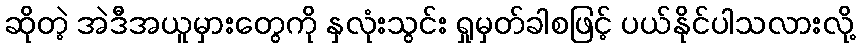
ဆိုတဲ့ အဲဒီအယူမှားတွေကို နှလုံးသွင်း ရှုမှတ်ခါစဖြင့် ပယ်နိုင်ပါသလားလို့